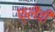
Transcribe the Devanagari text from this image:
फ़्लैवी